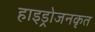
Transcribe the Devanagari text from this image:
हाइड्रोजनकृत